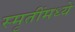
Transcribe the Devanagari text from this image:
स्मृतींमध्ये